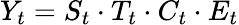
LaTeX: Y_{t}=S_{t}\cdot T_{t}\cdot C_{t}\cdot E_{t}